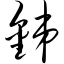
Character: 锑